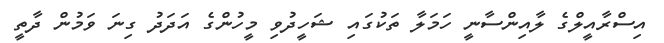
އިސްރާއީލްގެ ލާއިންސާނީ ހަމަލާ ތަކުގައި ޝަހީދުވި މީހުންގެ އަދަދު ގިނަ ވަމުން ދާތީ